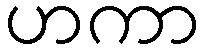
ဟကာ